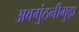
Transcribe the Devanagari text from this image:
अवगुंठनीमुद्रा